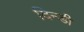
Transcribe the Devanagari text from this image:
दिन्डी